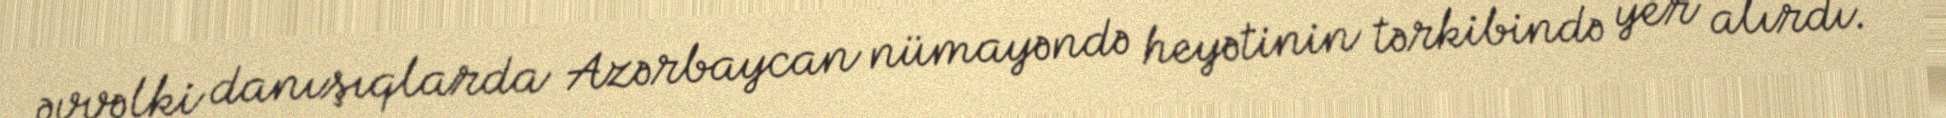
əvvəlki danışıqlarda Azərbaycan nümayəndə heyətinin tərkibində yer alırdı.